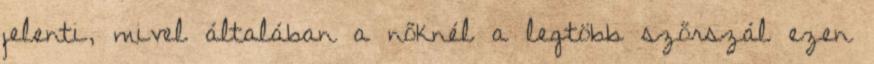
jelenti, mivel általában a nőknél a legtöbb szőrszál ezen